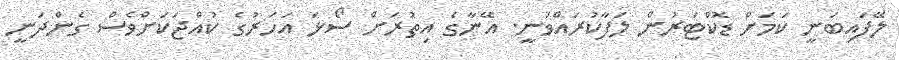
ލޭފައިބަނީ ކަމަށް ޑޮކްޓަރުން ލަފާކުރައްވަނީ. އޭނާގެ އިތުރަށް ސޯޅަ އަހަރުގެ ކުއްޖަކަށްވެސް ގެންދަނީ